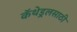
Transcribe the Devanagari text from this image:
कॅथेड्रलसाठी